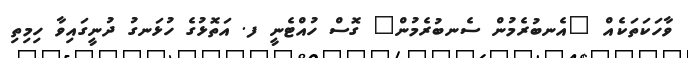
ވާހަކަތަކެއް "އެނބުރެމުން ސެނބުރެމުން" ގޮސް ހުއްޓެނީ ފ. އަތޮޅުގެ ހުޅަނގު ދުނީގައިވާ ހިމިތި